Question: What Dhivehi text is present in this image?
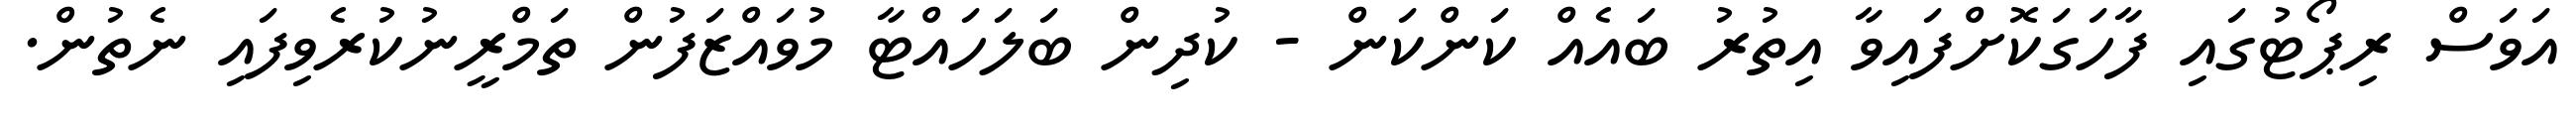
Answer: އަވަސް ރިޕޯޓުގައި ފާހަގަކޮށްފައިވާ އިތުރު ބައެއް ކަންކަން - ކުދިން ބަލަހައްޓާ މުވައްޒަފުން ތަމްރީނުކުރެވިފައި ނެތުން.